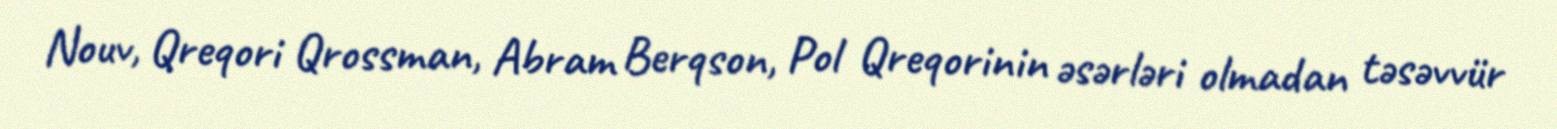
Nouv, Qreqori Qrossman, Abram Berqson, Pol Qreqorinin əsərləri olmadan təsəvvür